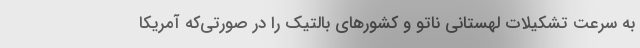
به سرعت تشکیلات لهستانی ناتو و کشورهای بالتیک را در صورتی‌که آمریکا